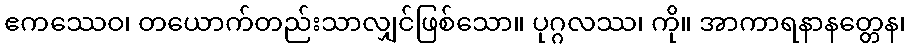
ဧကဿေဝ၊ တယောက်တည်းသာလျှင်ဖြစ်သော။ ပုဂ္ဂလဿ၊ ကို။ အာကာရနာနတ္တေန၊